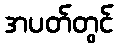
အပတ်တွင်